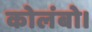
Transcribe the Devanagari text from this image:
कोलंबो।